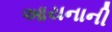
આયનાની